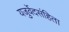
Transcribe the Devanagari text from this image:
यजुर्वेदसंहिता